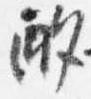
酌